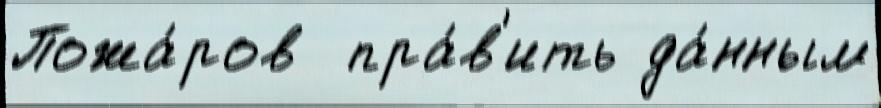
Пожа́ров  пра́в'ить да́нным